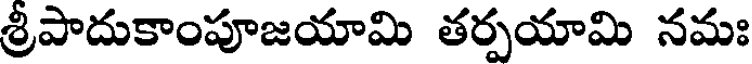
శ్రీపాదుకాంపూజయామి తర్పయామి నమః